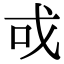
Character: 戓